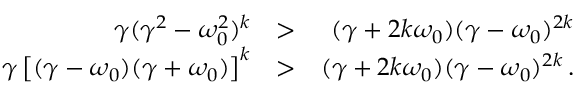
\begin{array} { r l r } { \gamma ( \gamma ^ { 2 } - \omega _ { 0 } ^ { 2 } ) ^ { k } } & { > } & { ( \gamma + 2 k \omega _ { 0 } ) ( \gamma - \omega _ { 0 } ) ^ { 2 k } } \\ { \gamma \left[ ( \gamma - \omega _ { 0 } ) ( \gamma + \omega _ { 0 } ) \right] ^ { k } } & { > } & { ( \gamma + 2 k \omega _ { 0 } ) ( \gamma - \omega _ { 0 } ) ^ { 2 k } \, . } \end{array}